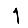
Digit: 1